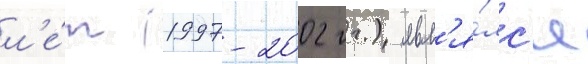
л'е́т (1997-2002 гг.) явл'я́лс'я